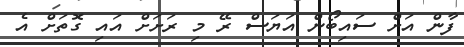
ފާން އަށް ސައިބޯން އަޔަސް ރޭ މި ރަށަށް އައި ގޮތަށް އެ